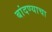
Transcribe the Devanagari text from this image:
बांदण्याचा